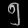
Digit: ၅